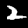
Label: 2